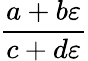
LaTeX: \frac{a+b\varepsilon}{c+d\varepsilon}